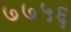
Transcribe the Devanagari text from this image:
७७५६